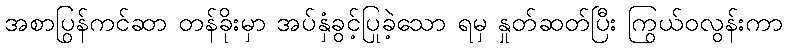
အစာပြွန်ကင်ဆာ တန်ခိုးမှာ အပ်နှံခွင့်ပြုခဲ့သော ရမှ နှုတ်ဆတ်ပြီး ကြွယ်ဝလွန်းကာ